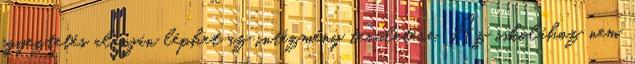
egyeztetés alapján léphet az intézmény területére. Az iskolához nem